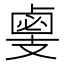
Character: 𢻛